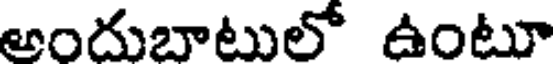
అందుబాటులో ఉంటూ